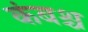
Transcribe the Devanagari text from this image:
कंबश्च